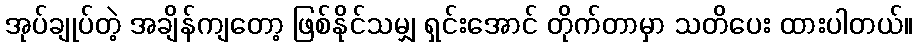
အုပ်ချုပ်တဲ့ အချိန်ကျတော့ ဖြစ်နိုင်သမျှ ရှင်းအောင် တိုက်တာမှာ သတိပေး ထားပါတယ်။